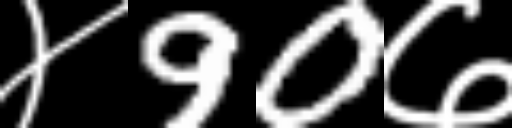
Text: ४90७